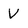
Character: V